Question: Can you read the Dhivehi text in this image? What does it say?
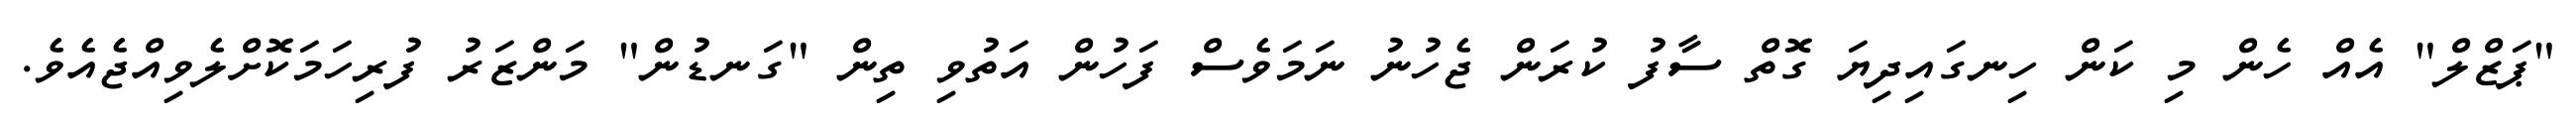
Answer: "ޕަޒްލް" އެއް ހެން މި ކަން ހިނގައިދިޔަ ގޮތް ސާފު ކުރަން ޖެހުނު ނަމަވެސް ފަހުން އަތުވި ތިން "ގަނޑުން" މަންޒަރު ފުރިހަމަކޮށްލެވިއްޖެއެވެ.